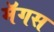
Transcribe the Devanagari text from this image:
मॅगस